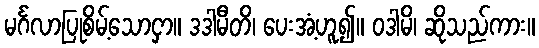
မင်္ဂလာပြုစိမ့်သောငှာ။ ဒဒါမီတိ၊ ပေးအံ့ဟူ၍။ ဝဒါမိ၊ ဆိုသည်ကား။